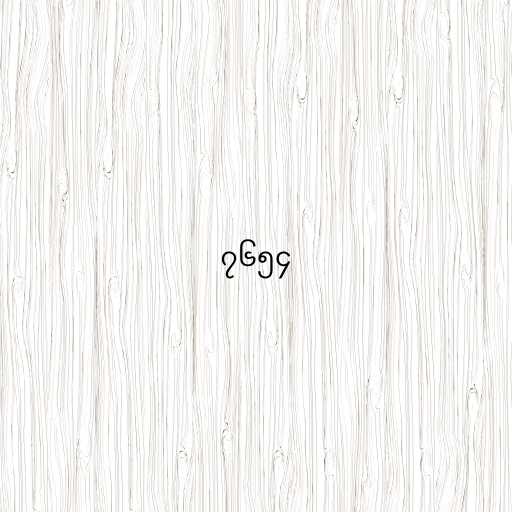
၇၆၅၄